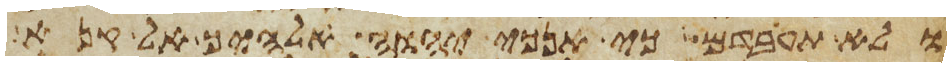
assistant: ולא תעבדם כי אנכי יהוה אלהיך אל קנא